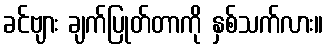
ခင်ဗျား ချက်ပြုတ်တာကို နှစ်သက်လား။